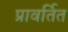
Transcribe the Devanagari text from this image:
प्रावर्तित